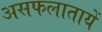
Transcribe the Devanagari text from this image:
असफलातायें